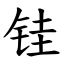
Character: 𫓯